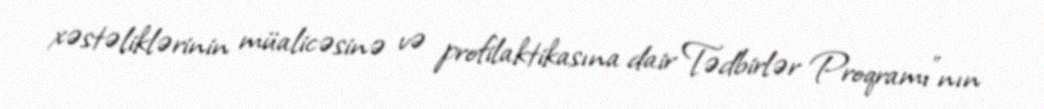
xəstəliklərinin müalicəsinə və profilaktikasına dair Tədbirlər Proqramı”nın